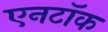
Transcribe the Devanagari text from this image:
एनटॉक